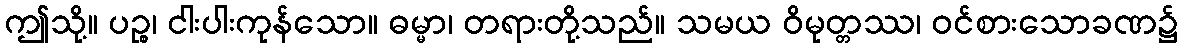
ဤသို့။ ပဉ္စ၊ ငါးပါးကုန်သော။ ဓမ္မာ၊ တရားတို့သည်။ သမယ ဝိမုတ္တဿ၊ ဝင်စားသောခဏ၌